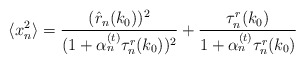
\begin{align*}\langle x_n^2\rangle=\frac{(\hat{r}_n(k_0))^2}{(1+\alpha_n^{(t)}\tau_n^r(k_0))^2}+\frac{\tau_n^r(k_0)}{1+\alpha_n^{(t)}\tau_n^r(k_0)}\end{align*}